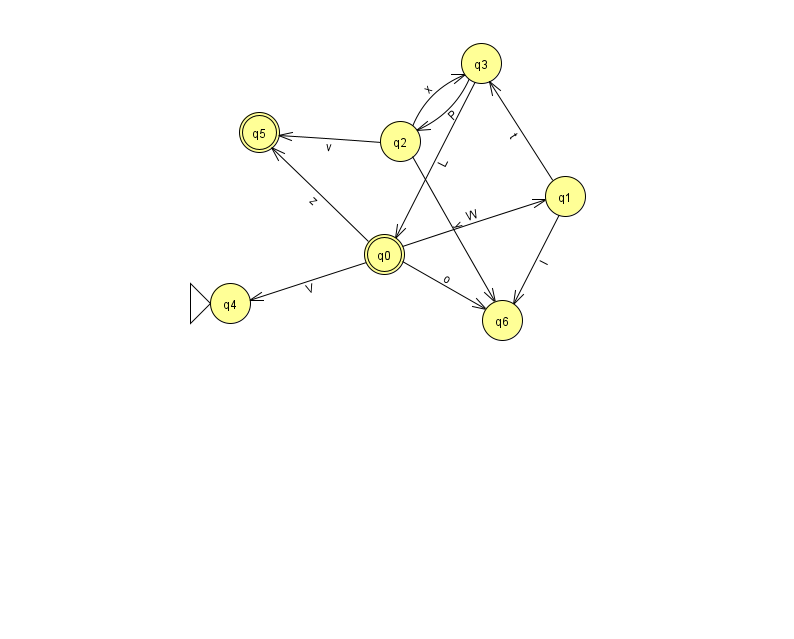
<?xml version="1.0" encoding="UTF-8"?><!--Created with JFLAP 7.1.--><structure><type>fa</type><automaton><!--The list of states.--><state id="0" name="q0"><x>384.0</x><y>241.0</y><final/></state><state id="1" name="q1"><x>565.0</x><y>183.0</y></state><state id="2" name="q2"><x>400.0</x><y>128.0</y></state><state id="3" name="q3"><x>481.0</x><y>50.0</y></state><state id="4" name="q4"><x>230.0</x><y>290.0</y><initial/></state><state id="5" name="q5"><x>259.0</x><y>119.0</y><final/></state><state id="6" name="q6"><x>502.0</x><y>307.0</y></state><!--The list of transitions.--><transition><from>2</from><to>5</to><read>v</read></transition><transition><from>3</from><to>0</to><read>L</read></transition><transition><from>0</from><to>4</to><read>V</read></transition><transition><from>0</from><to>5</to><read>z</read></transition><transition><from>1</from><to>3</to><read>t</read></transition><transition><from>1</from><to>6</to><read>l</read></transition><transition><from>2</from><to>6</to><read>y</read></transition><transition><from>3</from><to>2</to><read>P</read></transition><transition><from>0</from><to>6</to><read>o</read></transition><transition><from>0</from><to>1</to><read>W</read></transition><transition><from>2</from><to>3</to><read>x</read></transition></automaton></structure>